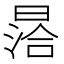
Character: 㬁